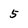
Character: 5